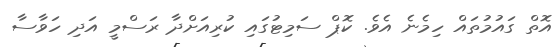
އޮތް ގައުމުތައް ހިމެނެ އެވެ. ކޮޕް ސަމިޓުގައި ކުރިއަށްދާ ރަސްމީ އަދި ހަވާސާ